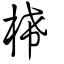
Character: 桸